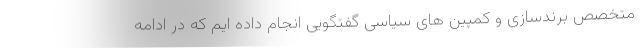
متخصص برندسازی و کمپین های سیاسی گفتگویی انجام داده ایم که در ادامه